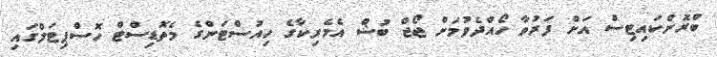
ބްރޮންކައިޓިސް އަށް ފަރުވާ ހޯއްދެވުމަށް ޖޯޖް ބުޝް އެމެރިކާގެ ހިއުސްޓަންގެ މެތޮޑިސްޓް ހޮސްޕިޓަލްގައި